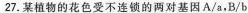
27.某植物的花色受不连锁的两对基因A/a，B/b